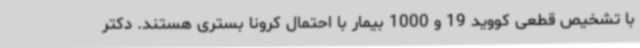
با تشخیص قطعی کووید 19 و 1000 بیمار با احتمال کرونا بستری هستند. دکتر